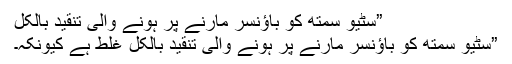
”سٹیو سمتھ کو باﺅنسر مارنے پر ہونے والی تنقید بالکل
”سٹیو سمتھ کو باﺅنسر مارنے پر ہونے والی تنقید بالکل غلط ہے کیونکہ۔